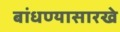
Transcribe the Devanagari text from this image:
बांधण्यासारखे